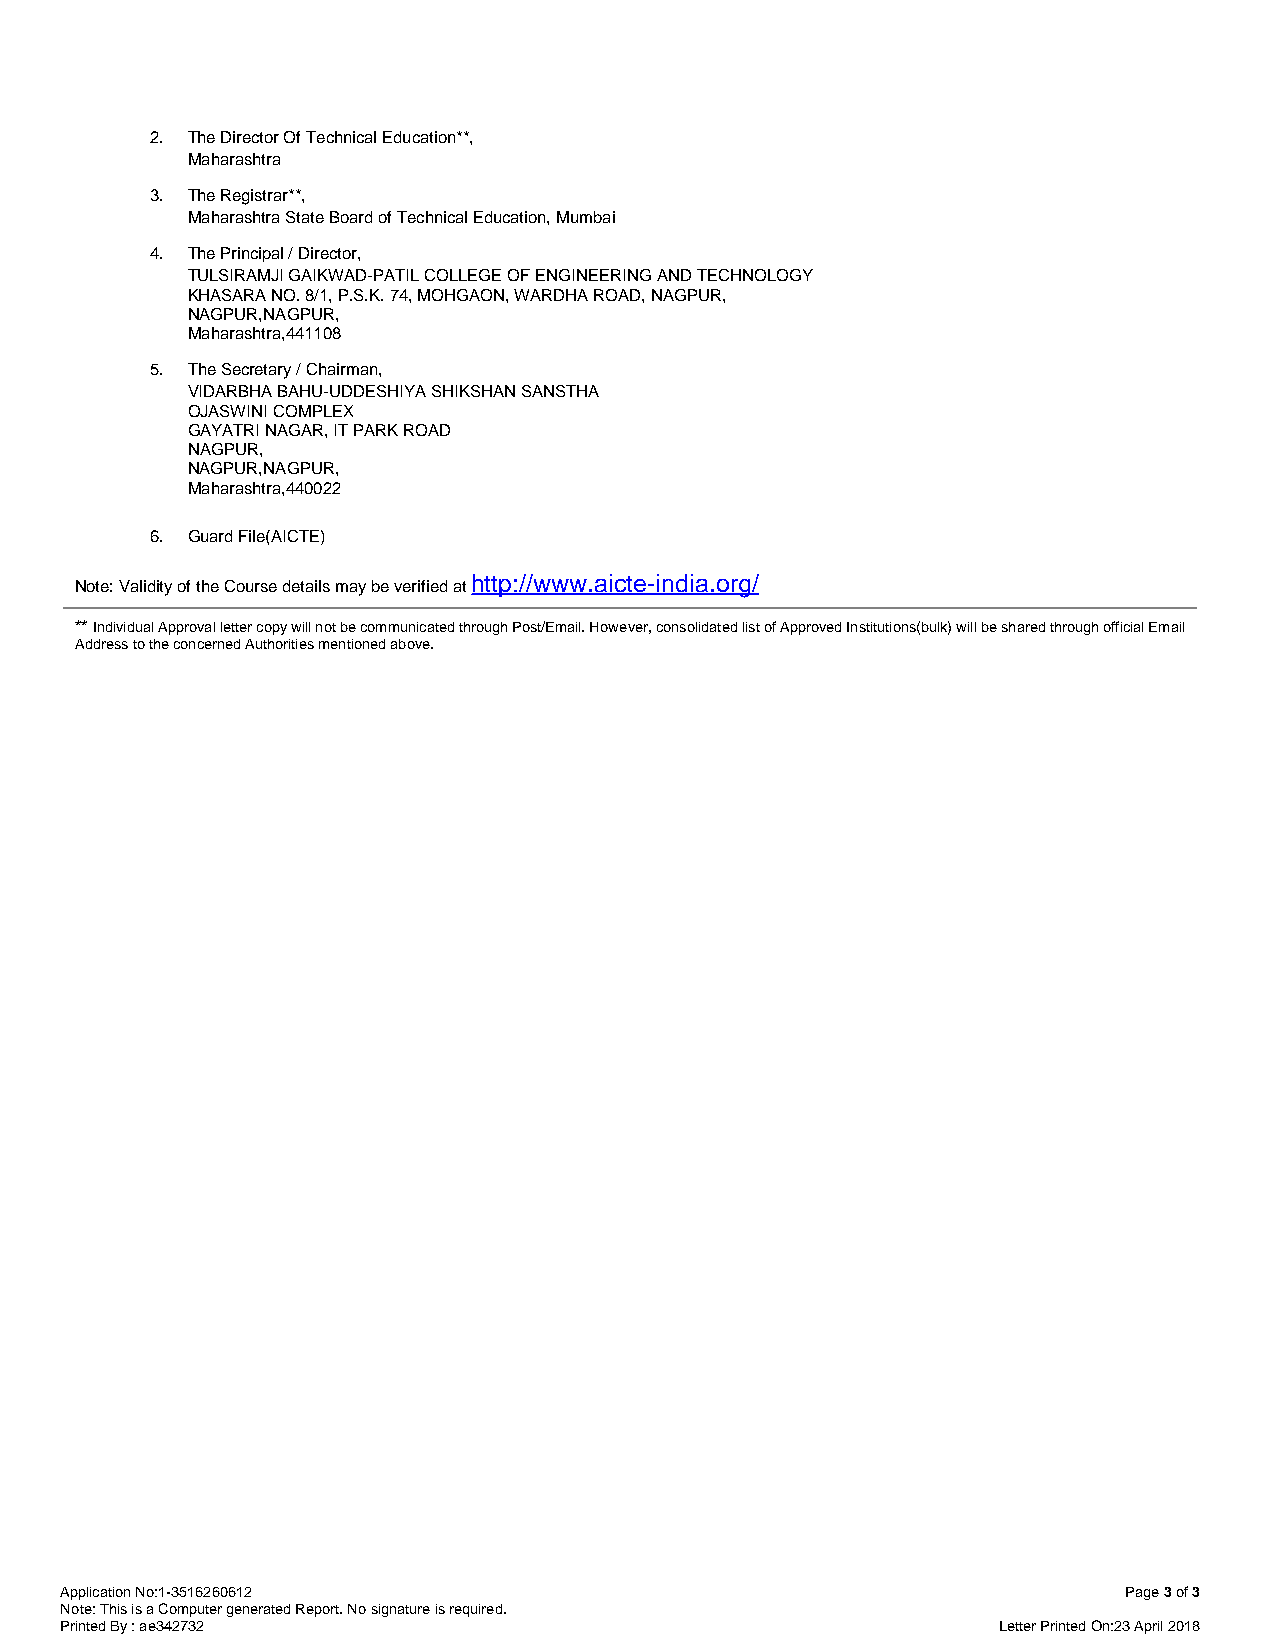
2. The Director Of Technical Education**,
 Maharashtra
 3. The Registrar**,
 Maharashtra State Board of Technical Education, Mumbai
 4. The Principal / Director,
 TULSIRAMJI GAIKWAD-PATIL COLLEGE OF ENGINEERING AND TECHNOLOGY
 KHASARA NO. 8/1, P.S.K. 74, MOHGAON, WARDHA ROAD, NAGPUR,
 NAGPUR,NAGPUR,
 Maharashtra,441108
 5. The Secretary / Chairman,
 VIDARBHA BAHU-UDDESHIYA SHIKSHAN SANSTHA
 OJASWINI COMPLEX
 GAYATRI NAGAR, IT PARK ROAD
 NAGPUR,
 NAGPUR,NAGPUR,
 Maharashtra,440022
 6. Guard File(AICTE)
 http://www.aicte-india.org/
 Note: Validity of the Course details may be verified at
 ** Individual Approval letter copy will not be communicated through Post/Email. However, consolidated list of Approved Institutions(bulk) will be shared through official Email
 Address to the concerned Authorities mentioned above.
 Application No:1-3516260612                                            Page 3 of 3
 Note: This is a Computer generated Report. No signature is required.
 Printed By : ae342732                                         Letter Printed On:23 April 2018